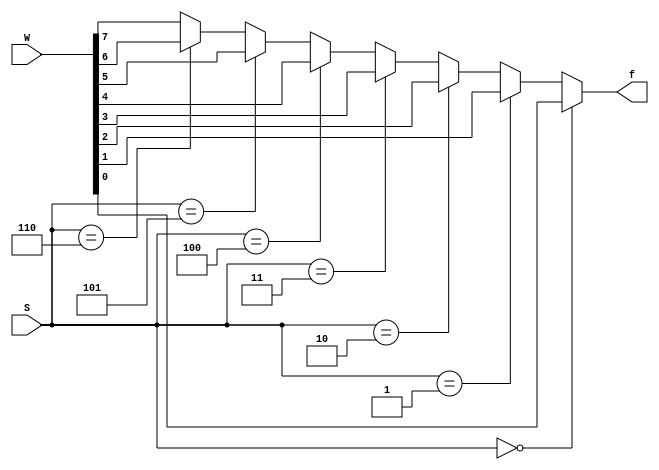
module mux8to1_ifelse (W, S, f);

input [7:0] W;
input [2:0] S;
output reg f;

always @(W or S)
if(S == 0) f = W[0];
else if(S == 1) f = W[1];
else if(S == 2) f = W[2];
else if(S == 3) f = W[3];
else if(S == 4) f = W[4];
else if(S == 5) f = W[5];
else if(S == 6) f = W[6];
else f = W[7];

endmodule